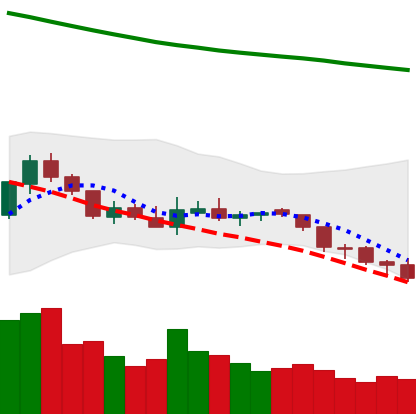
Ticker: NEO-USD
Chart end date: 2018-08-04
Forward return: -15.524%
Label: down_7plus